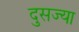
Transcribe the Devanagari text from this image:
दुसज्या